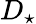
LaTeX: D_{\star}